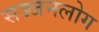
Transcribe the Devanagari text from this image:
सज्जनलोग